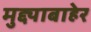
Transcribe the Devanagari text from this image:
मुद्द्याबाहेर